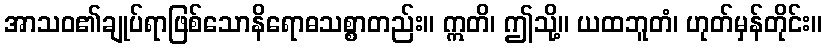
အာသဝ၏ချုပ်ရာဖြစ်သောနိရောဓသစ္စာတည်း။ ဣတိ၊ ဤသို့။ ယထဘူတံ၊ ဟုတ်မှန်တိုင်း။